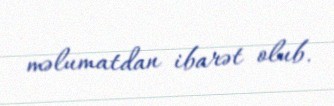
məlumatdan ibarət olub.